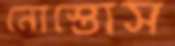
নোস্তোস